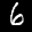
Label: 6